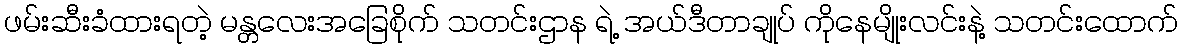
ဖမ်းဆီးခံထားရတဲ့ မန္တလေးအခြေစိုက် သတင်းဌာန ရဲ့ အယ်ဒီတာချုပ် ကိုနေမျိုးလင်းနဲ့ သတင်းထောက်